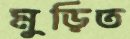
মুড়িত